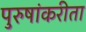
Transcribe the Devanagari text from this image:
पुरुषांकरीता